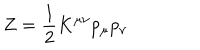
LaTeX: Z = { \frac { 1 } { 2 } } K ^ { \mu \nu } p _ { \mu } p _ { \nu }